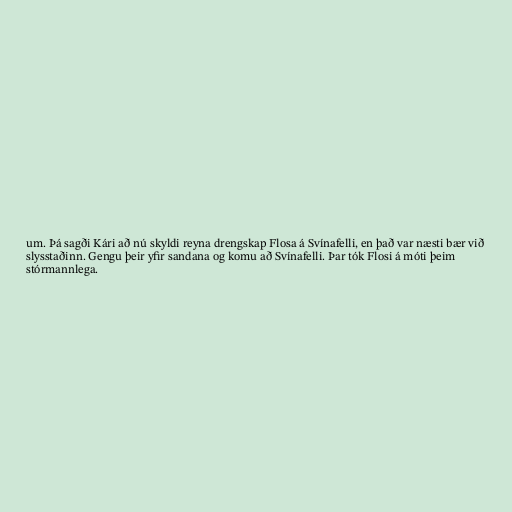
um. Þá sagði Kári að nú skyldi reyna drengskap Flosa á Svínafelli, en það var næsti bær við
slysstaðinn. Gengu þeir yfir sandana og komu að Svínafelli. Þar tók Flosi á móti þeim
stórmannlega.